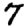
Digit: 7